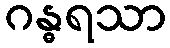
ဂန္ဓရသာ